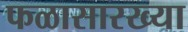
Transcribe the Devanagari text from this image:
फळासारख्या